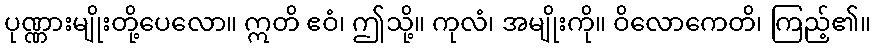
ပုဏ္ဏားမျိုးတို့ပေလော။ ဣတိ ဧဝံ၊ ဤသို့။ ကုလံ၊ အမျိုးကို။ ဝိလောကေတိ၊ ကြည့်၏။